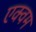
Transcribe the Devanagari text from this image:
एक्वम